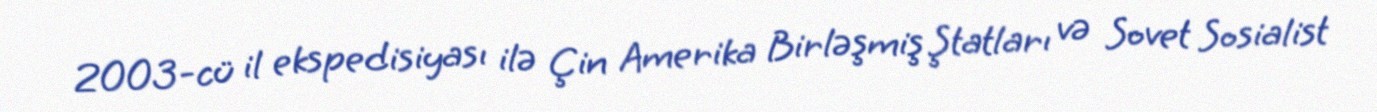
2003-cü il ekspedisiyası ilə Çin Amerika Birləşmiş Ştatları və Sovet Sosialist